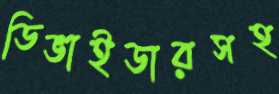
ডিভাইডারসহ